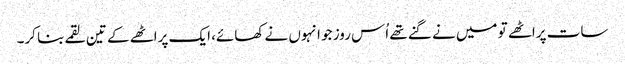
سات پراٹھے تو میں نے گنے تھے اُس روز جو انہوں نے کھائے، ایک پراٹھے کے تین لقمے بنا کر۔